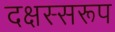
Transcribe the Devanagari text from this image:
दक्षस्सरूप